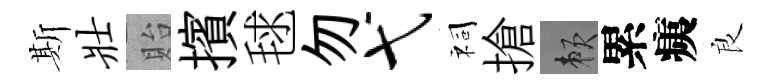
斯壮貽擯毬勿弋祠搶賴累痍良